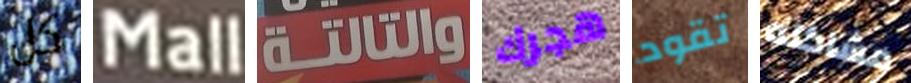
كل Mall والتالتة هجرك تقود مشاكله